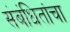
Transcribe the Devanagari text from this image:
संबंधितांचा